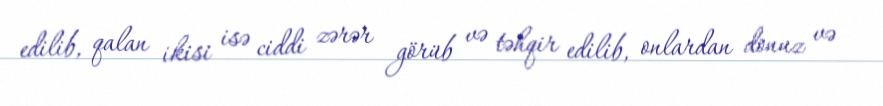
edilib, qalan ikisi isə ciddi zərər görüb və təhqir edilib, onlardan donuz və